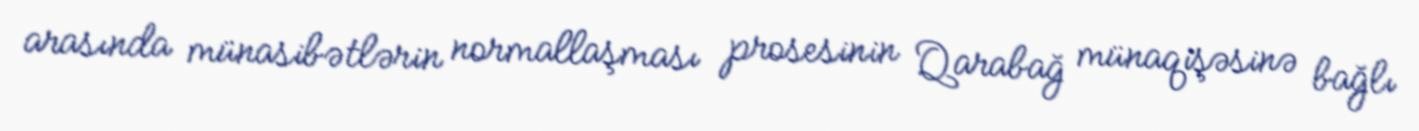
arasında münasibətlərin normallaşması prosesinin Qarabağ münaqişəsinə bağlı